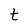
Character: t